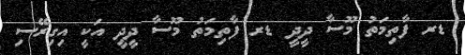
ޑރ ފާތިމަތު މޫސާ ދީދީ ޑރ ފާތިމަތު މޫސާ ދީދީ އަކީ އިގިރޭސި